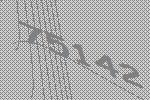
75142